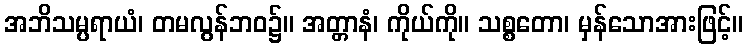
အဘိသမ္ပရာယံ၊ တမလွန်ဘဝ၌။ အတ္တာနံ၊ ကိုယ်ကို။ သစ္စတော၊ မှန်သောအားဖြင့်။